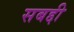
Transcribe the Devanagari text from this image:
सबद्दी